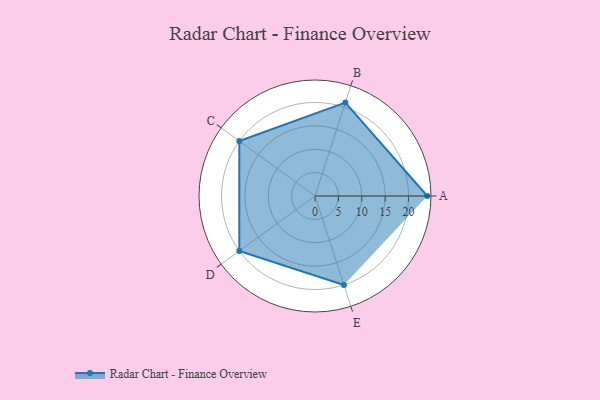
{"axis": {"x": "Skill", "y": "Score"}, "legend": ["Profile"], "data": [{"x": "A", "y": 24.0, "type": "Profile"}, {"x": "B", "y": 21.0, "type": "Profile"}, {"x": "C", "y": 20, "type": "Profile"}, {"x": "D", "y": 20, "type": "Profile"}, {"x": "E", "y": 20, "type": "Profile"}]}